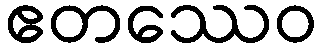
ဧတဿေဝ